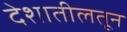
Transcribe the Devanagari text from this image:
देशातीलतून